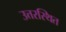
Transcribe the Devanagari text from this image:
उत्तरस्थित